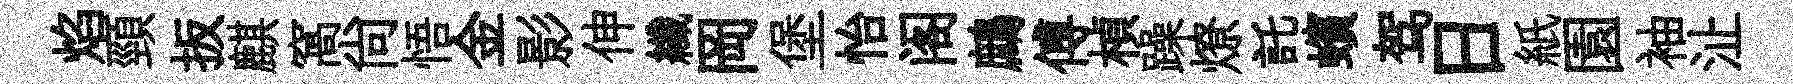
焰頸扳麒窩尚悟金影伸纖岡堡怡阁鷓傅楨躁燎託蠙驾日紙園袖沚